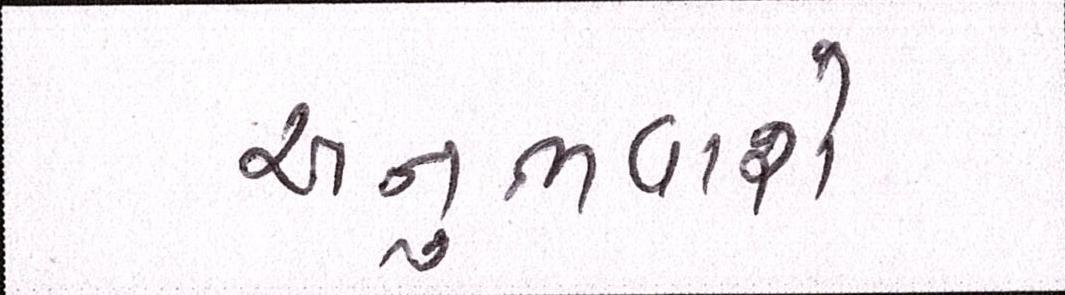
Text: અનુભવાશે